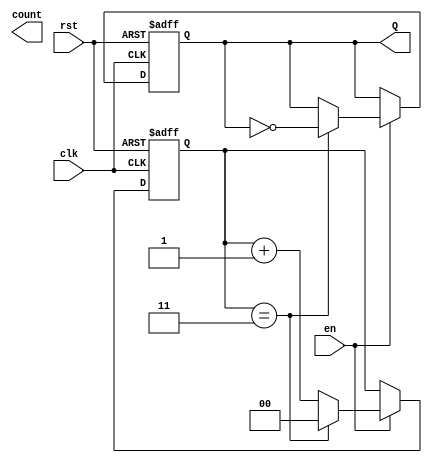
module DivideByNCounter #(
    parameter N = 4 // Default value of N, can be overridden
)(
    input wire clk,     // Clock input
    input wire rst,     // Reset input
    input wire en,      // Enable input
    output reg Q,       // Output that toggles after N counts
    output reg [$clog2(N)-1:0] count // Binary counter output (optional)
);

    // Internal counter variable
    reg [$clog2(N)-1:0] counter;

    always @(posedge clk or posedge rst) begin
        if (rst) begin
            counter <= 0;
            Q <= 0;
        end else if (en) begin
            if (counter == N - 1) begin
                counter <= 0; // Reset counter when it reaches N-1
                Q <= ~Q;      // Toggle output Q
            end else begin
                counter <= counter + 1; // Increment counter
            end
        end
    end
endmodule